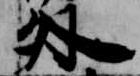
外